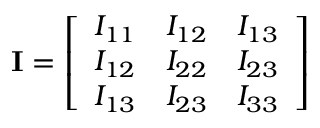
{ \bf \cal I } = \left[ \begin{array} { r r r } { I _ { 1 1 } } & { I _ { 1 2 } } & { I _ { 1 3 } } \\ { I _ { 1 2 } } & { I _ { 2 2 } } & { I _ { 2 3 } } \\ { I _ { 1 3 } } & { I _ { 2 3 } } & { I _ { 3 3 } } \end{array} \right]